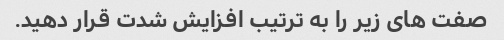
صفت های زیر را به ترتیب افزایش شدت قرار دهید.